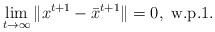
LaTeX: \begin{align*}&\lim_{t\to\infty}\|x^{t+1}-\bar{x}^{t+1}\|= 0,\ \mbox{w.p.1.}\end{align*}